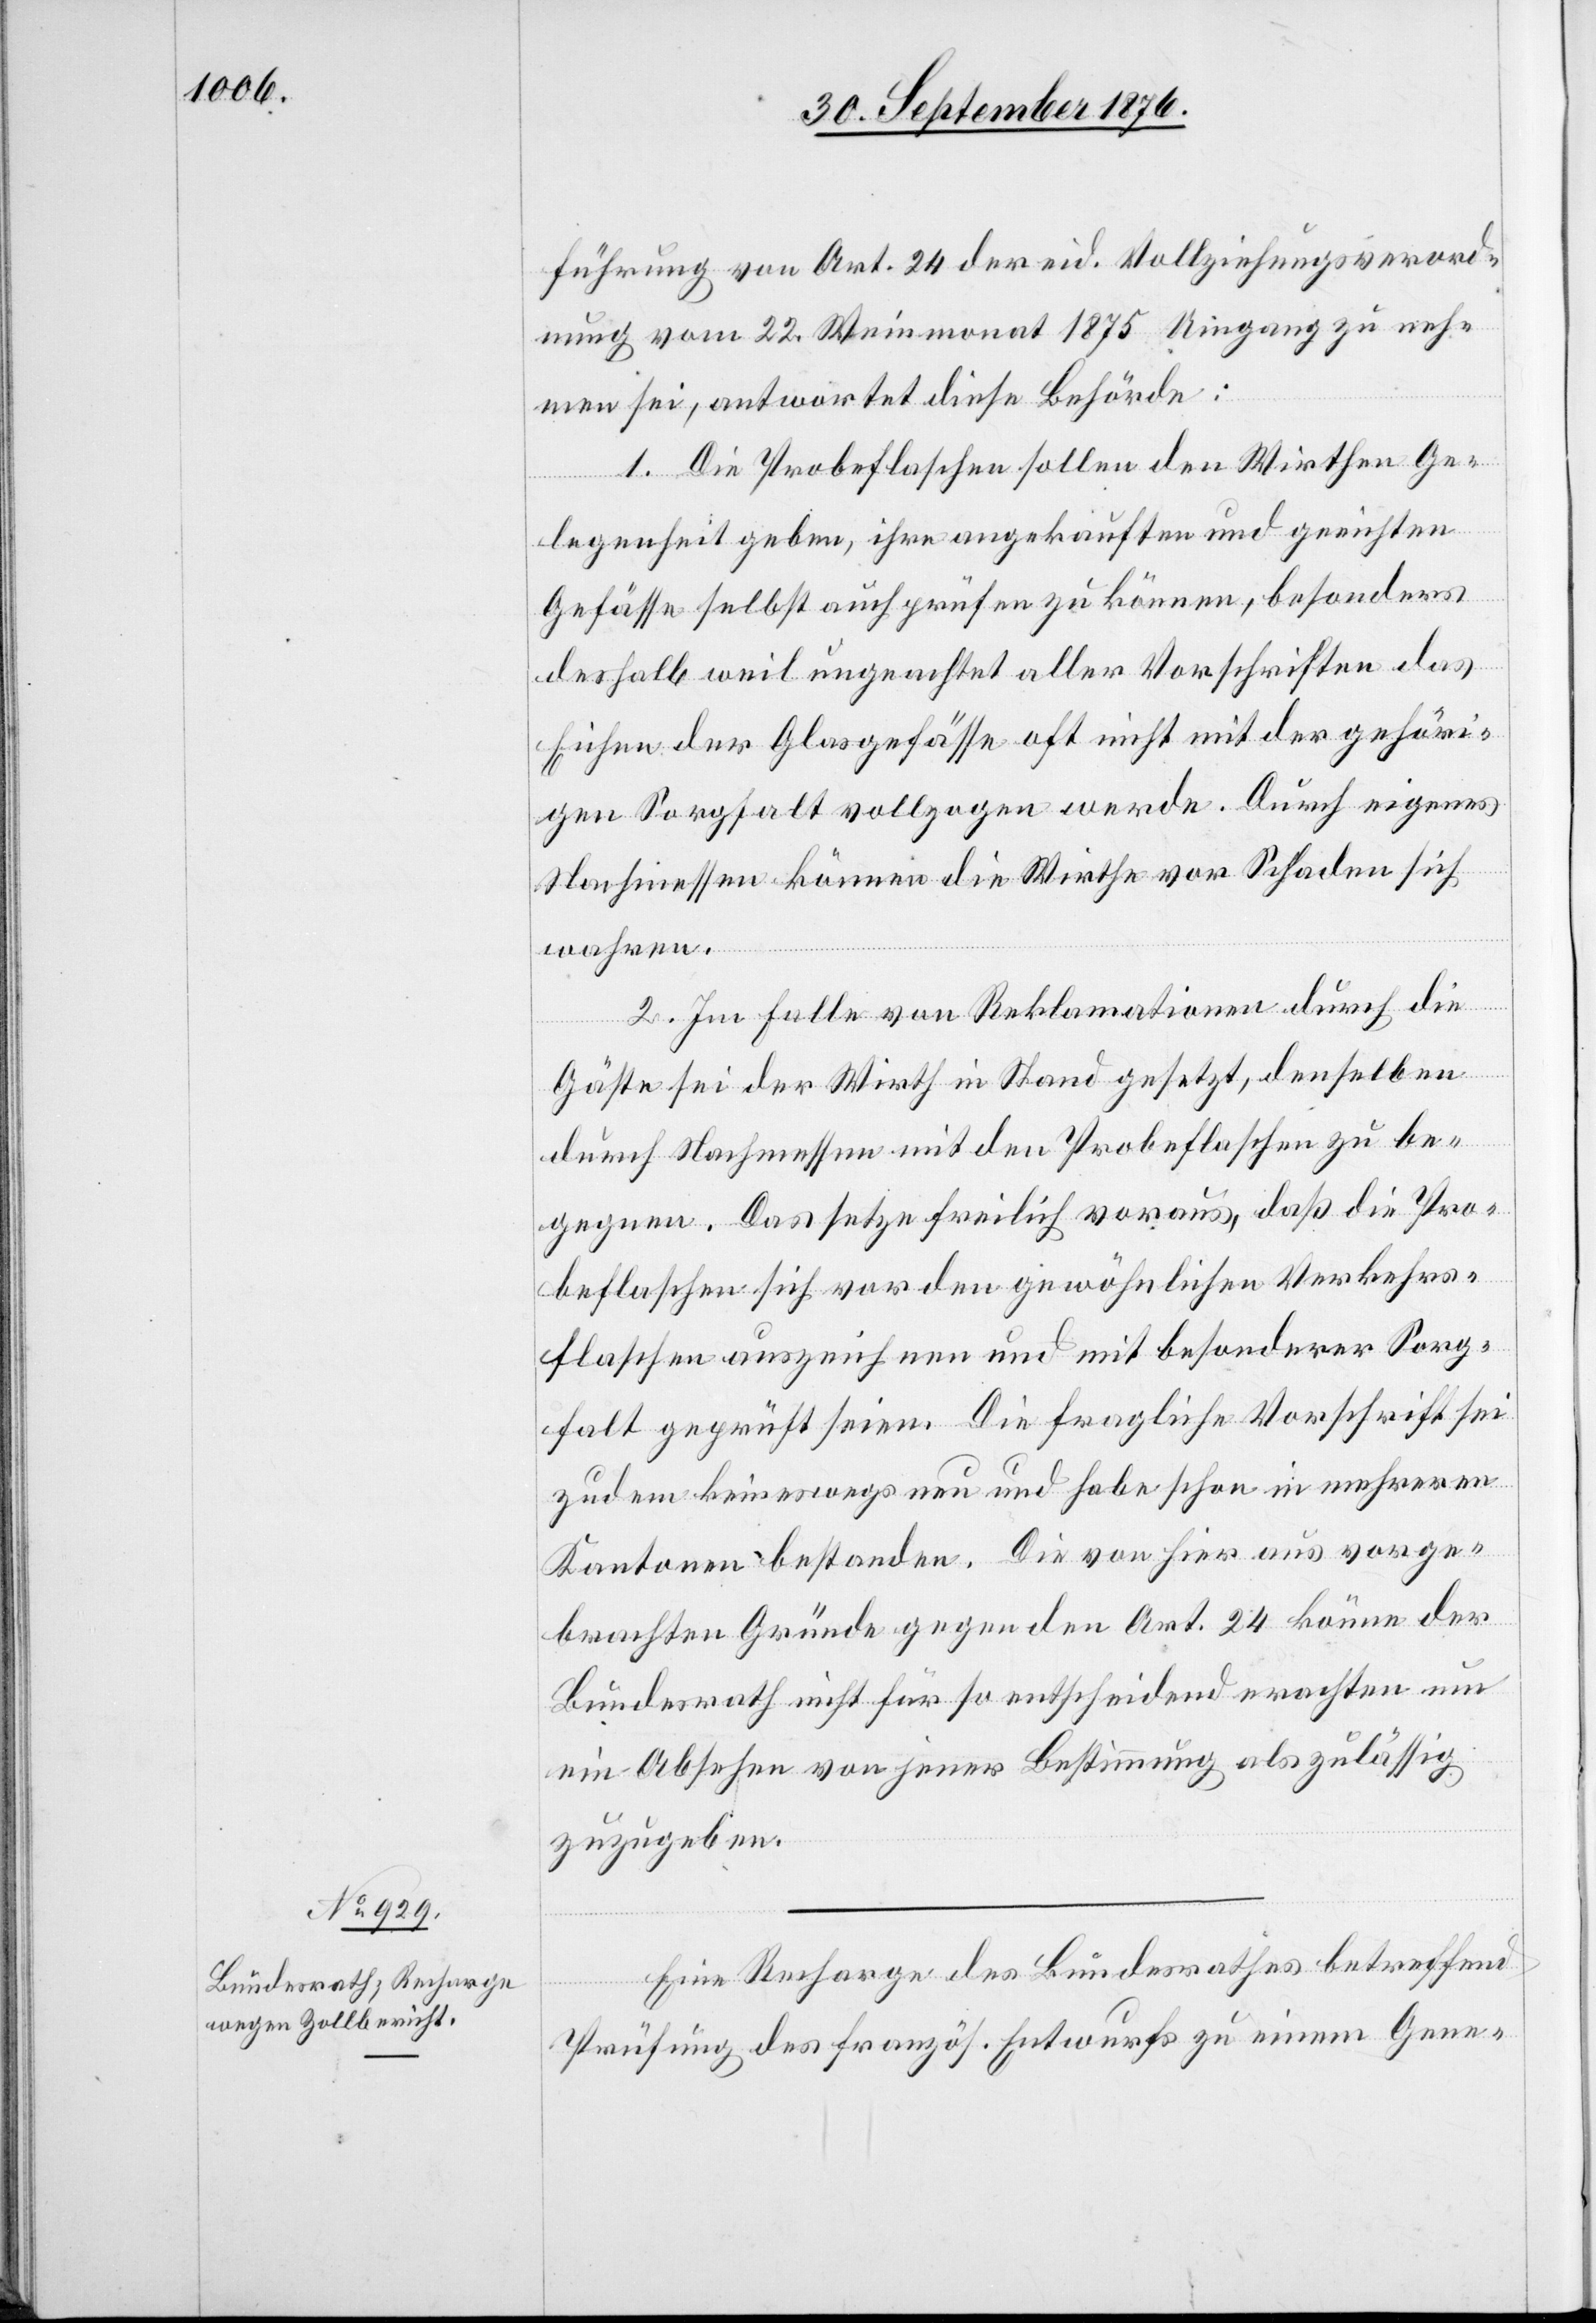
führung von Art. 24 der eid. Vollziehungsverord¬
nung vom 22. Weinmonat 1875 Umgang zu neh¬
men sei, antwortet diese Behörde:
1. Die Probeflaschen sollen den Wirthen Ge¬
2.
legenheit geben, ihre angekauften und geeichten
Gefässe selbst auch prüfen zu können, besonders
deshalb weil ungeachtet aller Vorschriften das
Eichen der Glasgefässe oft nicht mit der gehöri¬
gen Sorgfalt vollzogen werde. Durch eigenes
Nachmessen können die Wirthe vor Schaden sich
wahren.
2. Im Falle von Reklamationen durch die
Gäste sei der Wirth in Stand gesetzt, denselben
durch Nachmessen mit den Probeflaschen zu be¬
gegnen. Das setze freilich voraus, daß die Pro¬
beflaschen sich vor den gewöhnlichen Verkehrs¬
flaschen auszeichnen und mit besonderer Sorg¬
falt geprüft seien. Die fragliche Vorschrift sei
zudem keineswegs neu und habe schon in mehreren
Kantonen bestanden. Die von hier aus vorger¬
bachten Gründe gegen den Art. 24 könne der
Bundesrath nicht für so entscheidend erachten um
ein Absehen von jener Bestimmung als zulässig
zuzugeben.
Eine Recharge des Bundesrathes betreffend
Prüfung des französ. Entwurfs zu einem Gene-